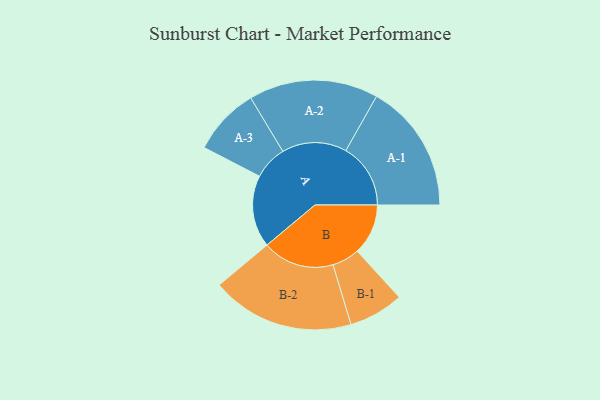
{"axis": {"x": "Segment", "y": "Value"}, "legend": ["", "A", "B"], "data": [{"x": "A", "y": 270, "type": ""}, {"x": "B", "y": 191, "type": ""}, {"x": "A-1", "y": 243, "type": "A"}, {"x": "A-2", "y": 243, "type": "A"}, {"x": "A-3", "y": 127, "type": "A"}, {"x": "B-1", "y": 103, "type": "B"}, {"x": "B-2", "y": 269, "type": "B"}]}